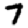
Digit: 7